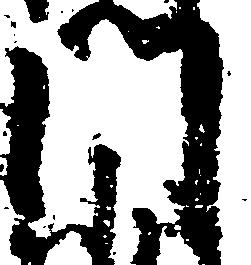
門